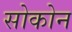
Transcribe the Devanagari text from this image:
सोकोन